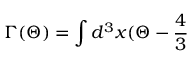
\Gamma ( \Theta ) = \int d ^ { 3 } x ( \Theta - \frac { 4 } { 3 }